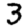
Digit: 3